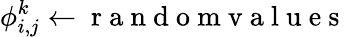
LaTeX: \phi_{i,j}^{k}\leftarrow\mathrm{~r~a~n~d~o~m~v~a~l~u~e~s~}